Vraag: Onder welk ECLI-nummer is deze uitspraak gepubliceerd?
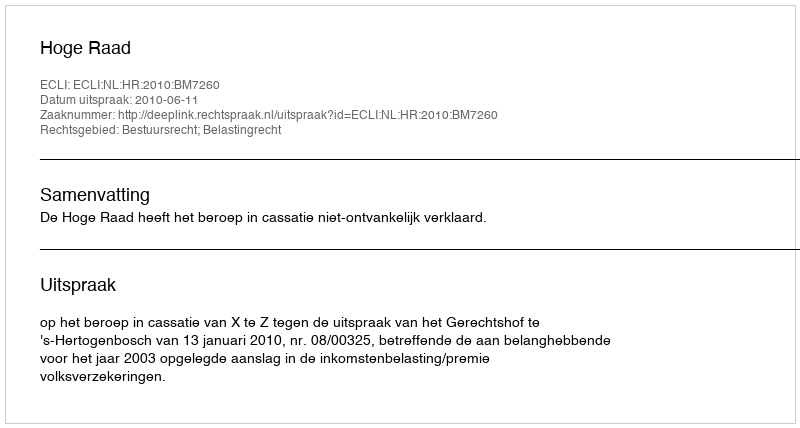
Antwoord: ECLI:NL:HR:2010:BM7260